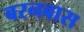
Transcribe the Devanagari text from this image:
बरनबास